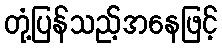
တုံ့ပြန်သည့်အနေဖြင့်